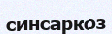
синсаркоз